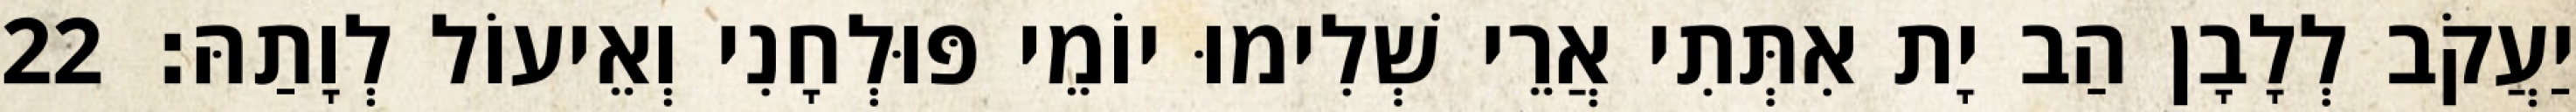
יַעֲקֹב לְלָבָן הַב יָת אִתְּתִי אֲרֵי שְׁלִימוּ יוֹמֵי פּוּלְחָנִי וְאֵיעוֹל לְוָתַהּ׃ 22